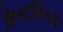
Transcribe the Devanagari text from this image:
क्रेमलिनचा